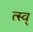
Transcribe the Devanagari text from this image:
त्स्व्